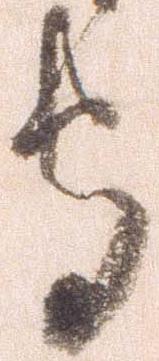
守